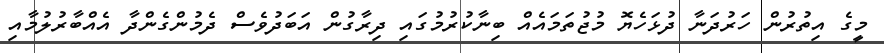
މީގެ އިތުރުން ހަރުދަނާ ދުޅަހެޔޮ މުޖުތަމައެއް ބިނާކުރުމުގައި ދިރާގުން އަބަދުވެސް ދެމުންގެންދާ އެއްބާރުލުމާއި